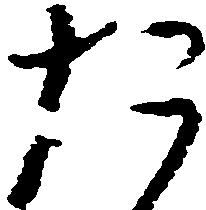
た